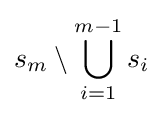
s_{m}\setminus \bigcup _{i=1}^{m-1}s_{i}